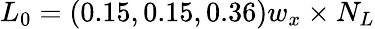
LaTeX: L_{0}=(0.15,0.15,0.36)w_{x}\times N_{L}